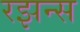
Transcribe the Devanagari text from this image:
रझन्स